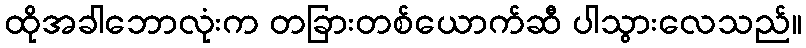
ထိုအခါဘောလုံးက တခြားတစ်ယောက်ဆီ ပါသွားလေသည်။